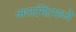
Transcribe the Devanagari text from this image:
अपार्टमेंटमध्ये